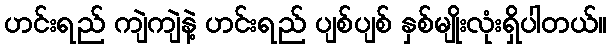
ဟင်းရည် ကျဲကျဲနဲ့ ဟင်းရည် ပျစ်ပျစ် နှစ်မျိုးလုံးရှိပါတယ်။